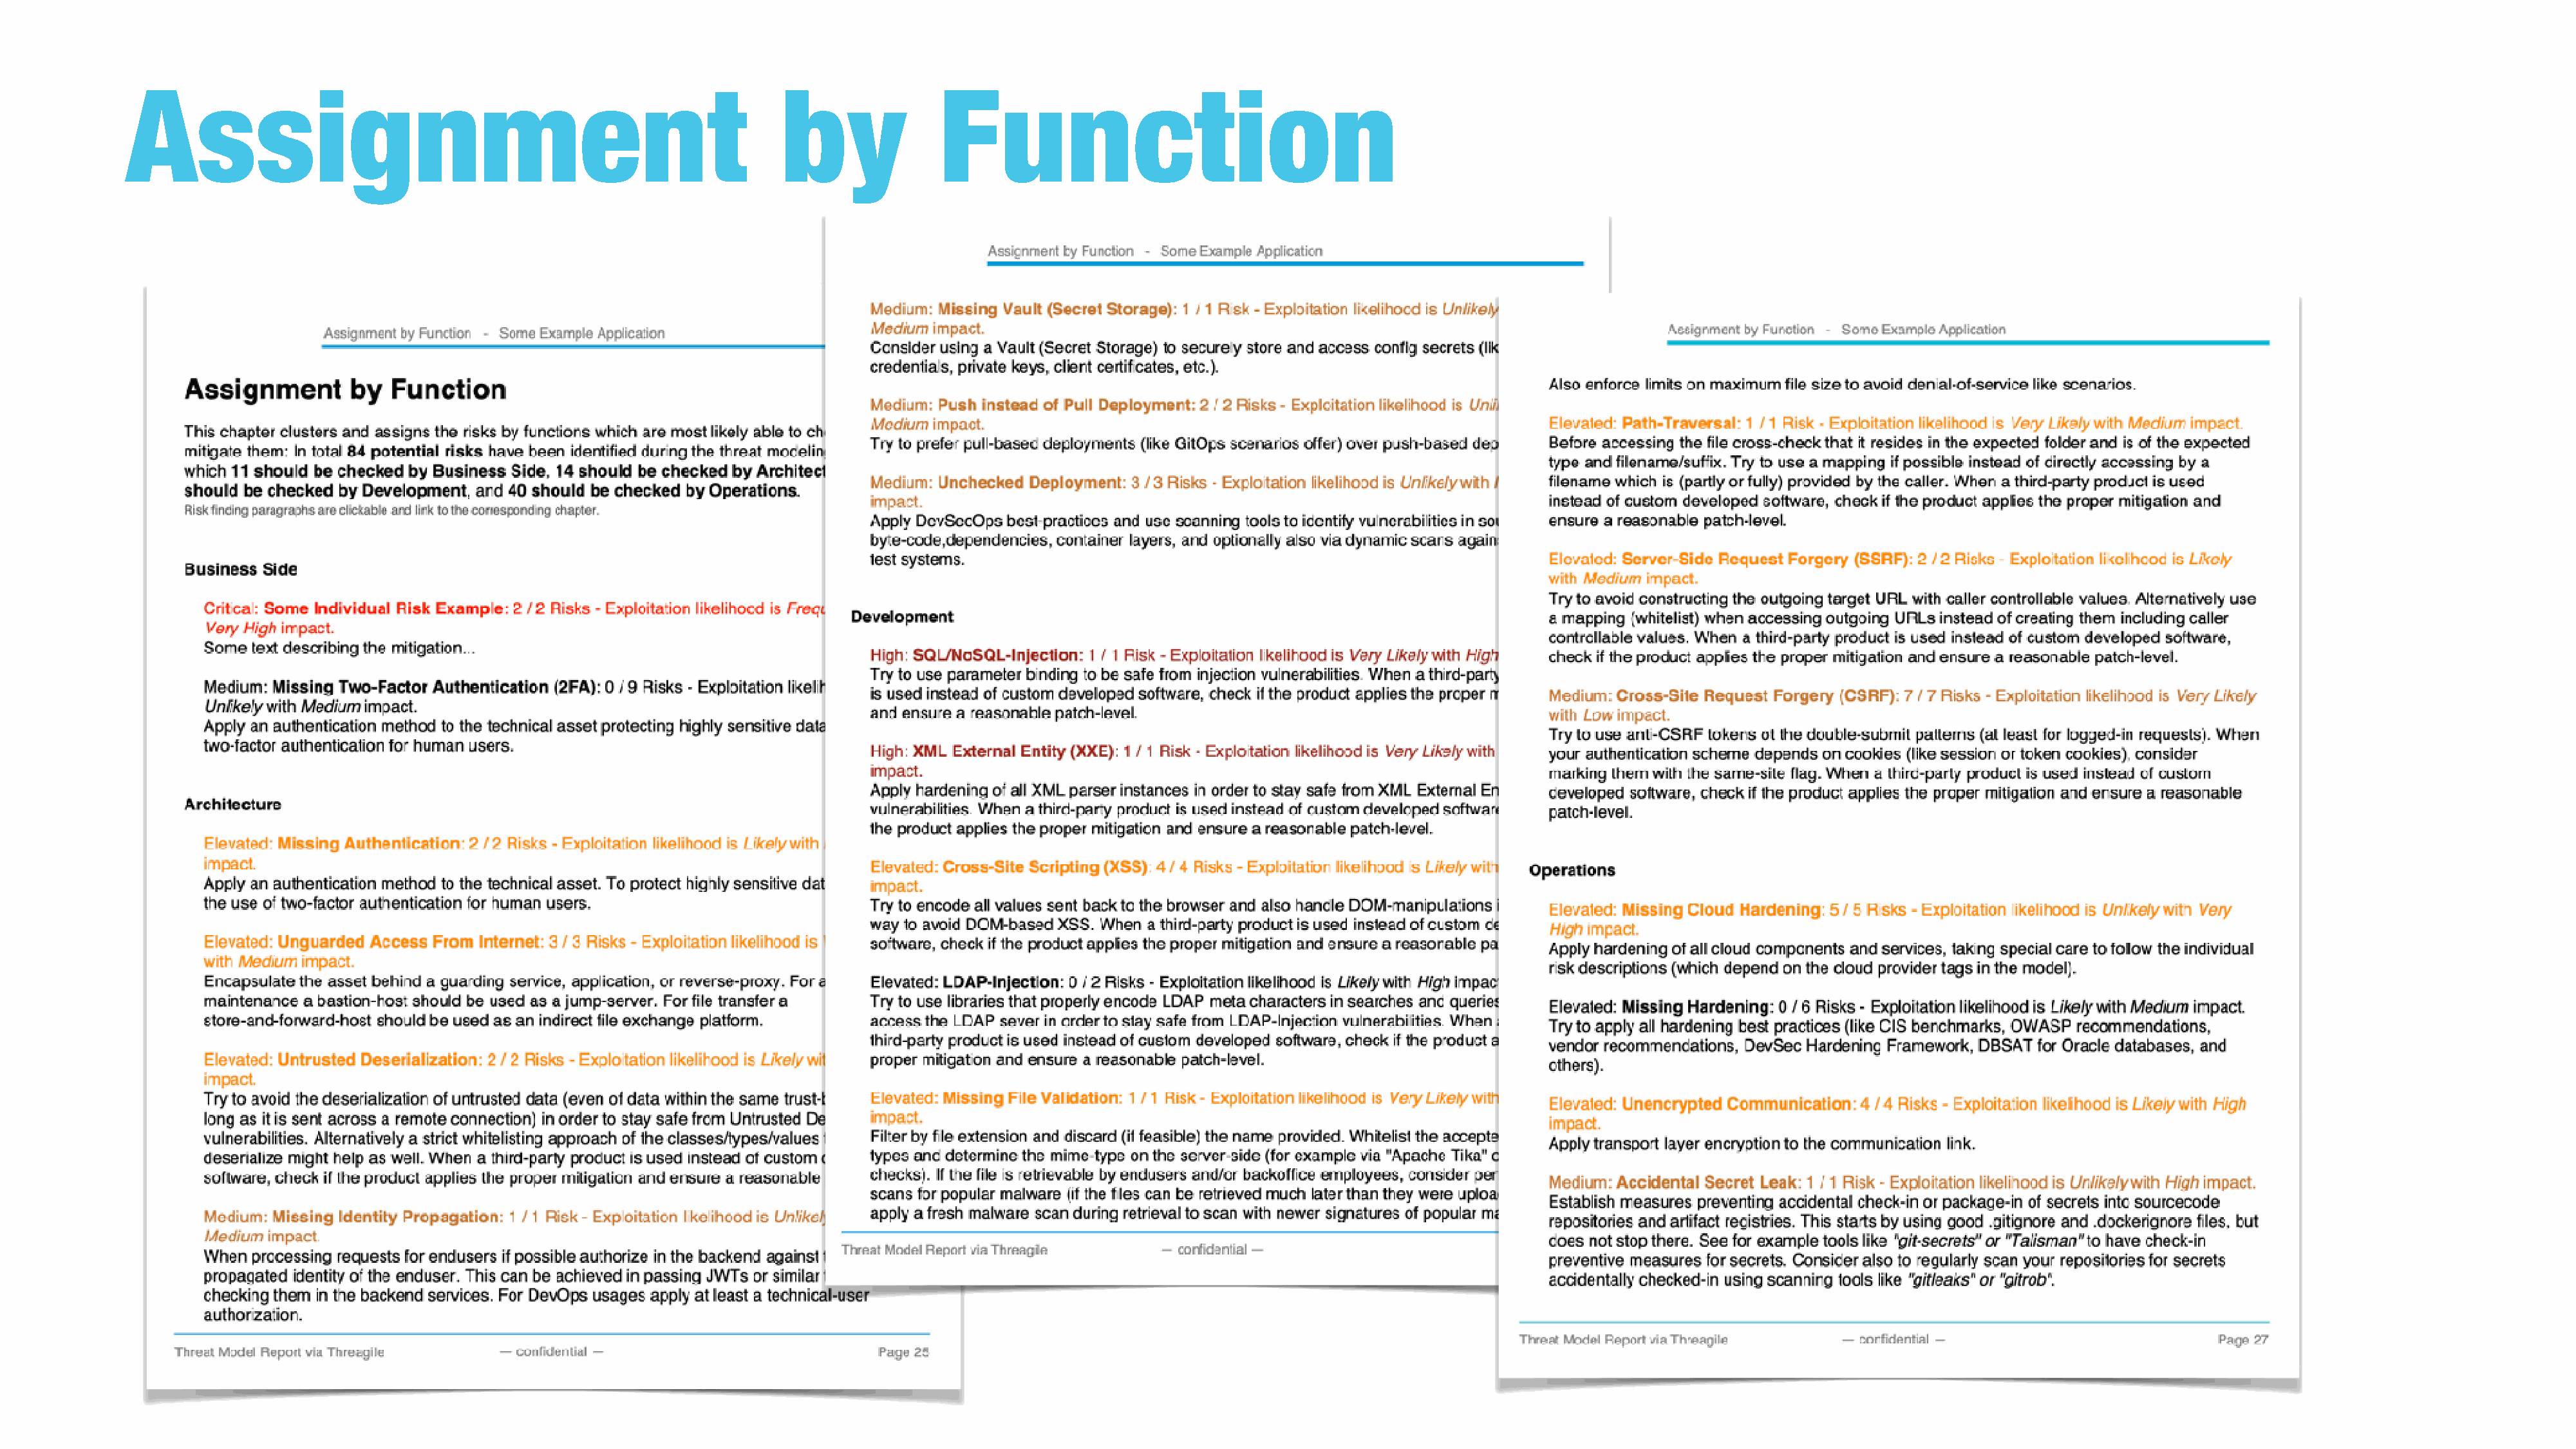
Assignment                                                         by               Function